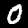
Digit: 0